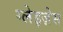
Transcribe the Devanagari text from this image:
ग्लेइज़ेस